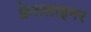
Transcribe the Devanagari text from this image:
फ्रेटलाइनर